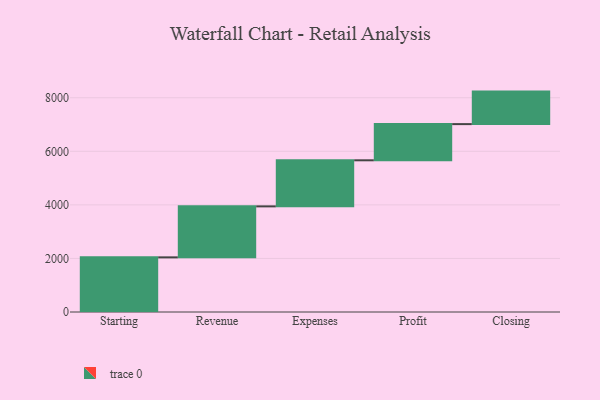
{"axis": {"x": "Step", "y": "Value"}, "legend": [""], "data": [{"x": "Starting", "y": 2040.0, "type": ""}, {"x": "Revenue", "y": 1904.0, "type": ""}, {"x": "Expenses", "y": 1720.0, "type": ""}, {"x": "Profit", "y": 1351.0, "type": ""}, {"x": "Closing", "y": 1214.0, "type": ""}]}